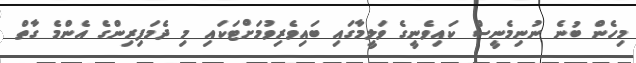
މިހެން ބުނެ ނުނިމެނީސް ކައިވެނީގެ ވަލީމާގައި ބައިވެރިވުމަށްޓަކައި މި ދެމަފިރިންގެ އެންމެ ގާތް